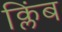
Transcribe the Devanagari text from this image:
क्लिंब